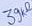
Text: 39kΩ